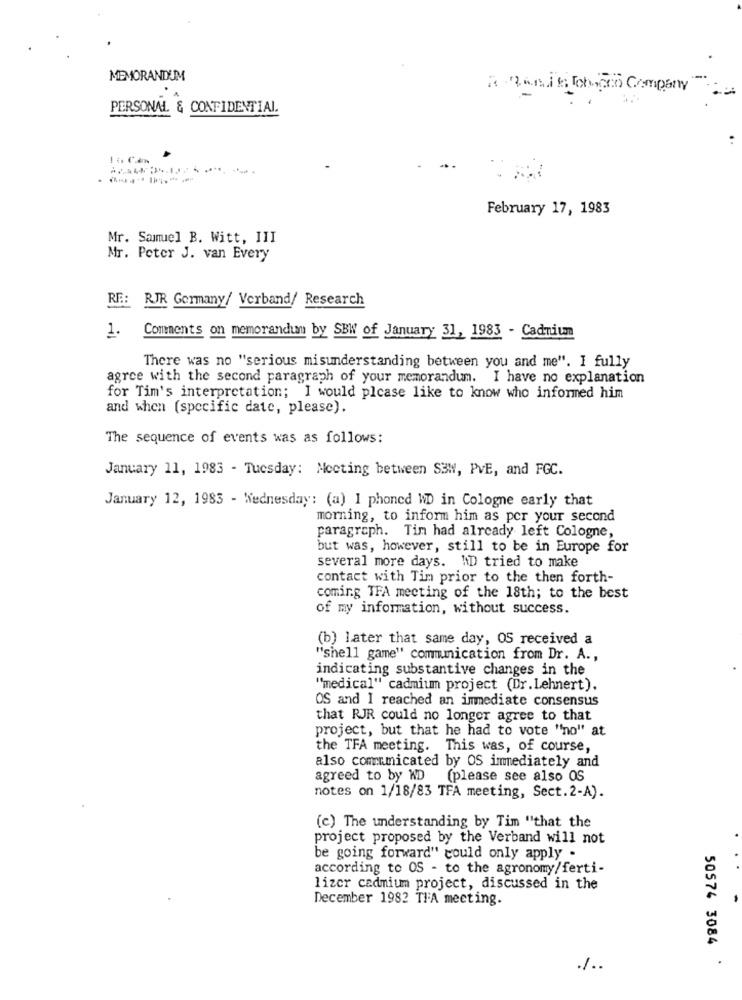
MEMORANDUM
Rotan is Ich co Company
PERSONAL & CONFIDENTIAL
---------
February 17, 1983
Mr. Samuel B. Witt, III
Mr. Peter J. van Every
RE:
RJR Germany/ Verband/ Research
1.
Comments on memorandum by SBW of January 31, 1983 - Cadmium
There was no "serious misunderstanding between you and me". I fully
agree with the second paragraph of your memorandum. I have no explanation
for Tim's interpretation; I would please like to know who informed him
and when (specific date, please).
The sequence of events was as follows:
January 11, 1983 - Tuesday: Meeting between S3W, PVE, and FGC.
January 12, 1983 - Wednesday: (a) I phoned WD in Cologne early that
morning, to inform him as per your second
paragraph. Tim had already left Cologne,
but was, however, still to be in Europe for
several more days. "D tried to make
contact with Tim prior to the then forth-
coming TFA meeting of the 18th; to the best
of my information, without success.
(b) later that same day, OS received a
"shell game" communication from Dr. A .,
indicating substantive changes in the
"medical" cadmium project (Dr.Lehnert).
OS and I reached an immediate consensus
that RJR could no longer agree to that
project, but that he had to vote "no" at
the TFA meeting. This was, of course,
also comumicated by OS immediately and
agreed to by ND (please see also OS
notes on 1/18/83 TFA meeting, Sect.2-A).
(c) The understanding by Tim "that the
project proposed by the Verband will not
be going forward" could only apply .
according to OS - to the agronomy/ferti-
lizcr cadmium project, discussed in the
December 1982 TFA meeting.
50574 3084